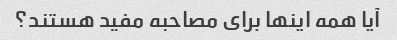
آیا همه اینها برای مصاحبه مفید هستند؟